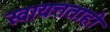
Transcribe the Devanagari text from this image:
स्वायत्तताही